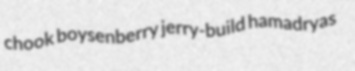
chook boysenberry jerry-build hamadryas